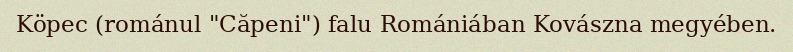
Köpec (románul "Căpeni") falu Romániában Kovászna megyében.